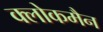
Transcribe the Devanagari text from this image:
क्लोकमैन